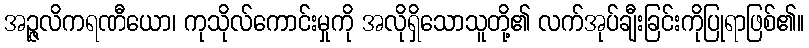
အဉ္ဇလိကရဏီယော၊ ကုသိုလ်ကောင်းမှုကို အလိုရှိသောသူတို့၏ လက်အုပ်ချီးခြင်းကိုပြုရာဖြစ်၏။